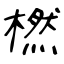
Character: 橪